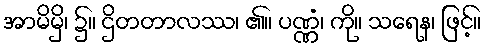
အာမိမှိ၊ ၌။ ဌိတတာလဿ၊ ၏။ ပဏ္ဏံ၊ ကို။ သရေန၊ ဖြင့်။